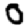
Digit: 0